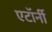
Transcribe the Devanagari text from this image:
एटाॅर्नी